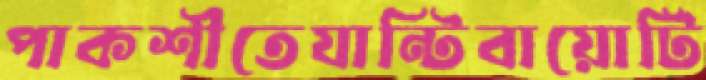
পাকশীতেযান্টিবায়োটি